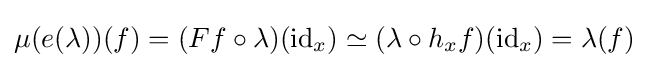
\mu (e(\lambda ))(f)=(Ff\circ \lambda )(\operatorname {id} _{x})\simeq (\lambda \circ h_{x}f)(\operatorname {id} _{x})=\lambda (f)